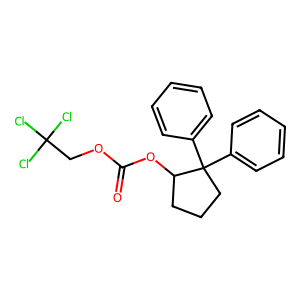
SMILES: O=C(OCC(Cl)(Cl)Cl)OC1CCCC1(c1ccccc1)c1ccccc1
Inhibits HIV replication: No